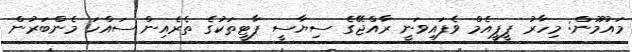
މައުމޫން: މިހާރު ޕީޕީއެމް ވެފައިވަނީ ރާއްޖޭގެ ސިޔާސީ ޕާޓީތަކުގެ ތެރެއިން ސައްހަ މެންބަރުން